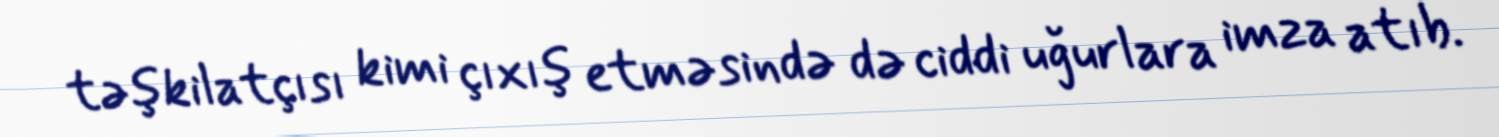
təşkilatçısı kimi çıxış etməsində də ciddi uğurlara imza atıb.